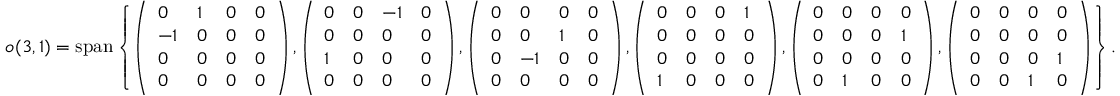
{ \mathfrak { o } } ( 3 , 1 ) = \mathrm { s p a n } \left\{ \left( { \begin{array} { l l l l } { 0 } & { 1 } & { 0 } & { 0 } \\ { - 1 } & { 0 } & { 0 } & { 0 } \\ { 0 } & { 0 } & { 0 } & { 0 } \\ { 0 } & { 0 } & { 0 } & { 0 } \end{array} } \right) , \left( { \begin{array} { l l l l } { 0 } & { 0 } & { - 1 } & { 0 } \\ { 0 } & { 0 } & { 0 } & { 0 } \\ { 1 } & { 0 } & { 0 } & { 0 } \\ { 0 } & { 0 } & { 0 } & { 0 } \end{array} } \right) , \left( { \begin{array} { l l l l } { 0 } & { 0 } & { 0 } & { 0 } \\ { 0 } & { 0 } & { 1 } & { 0 } \\ { 0 } & { - 1 } & { 0 } & { 0 } \\ { 0 } & { 0 } & { 0 } & { 0 } \end{array} } \right) , \left( { \begin{array} { l l l l } { 0 } & { 0 } & { 0 } & { 1 } \\ { 0 } & { 0 } & { 0 } & { 0 } \\ { 0 } & { 0 } & { 0 } & { 0 } \\ { 1 } & { 0 } & { 0 } & { 0 } \end{array} } \right) , \left( { \begin{array} { l l l l } { 0 } & { 0 } & { 0 } & { 0 } \\ { 0 } & { 0 } & { 0 } & { 1 } \\ { 0 } & { 0 } & { 0 } & { 0 } \\ { 0 } & { 1 } & { 0 } & { 0 } \end{array} } \right) , \left( { \begin{array} { l l l l } { 0 } & { 0 } & { 0 } & { 0 } \\ { 0 } & { 0 } & { 0 } & { 0 } \\ { 0 } & { 0 } & { 0 } & { 1 } \\ { 0 } & { 0 } & { 1 } & { 0 } \end{array} } \right) \right\} .